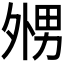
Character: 𡖦